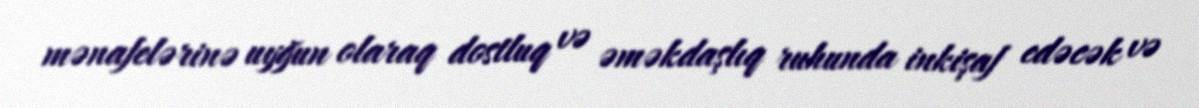
mənafelərinə uyğun olaraq dostluq və əməkdaşlıq ruhunda inkişaf edəcək və